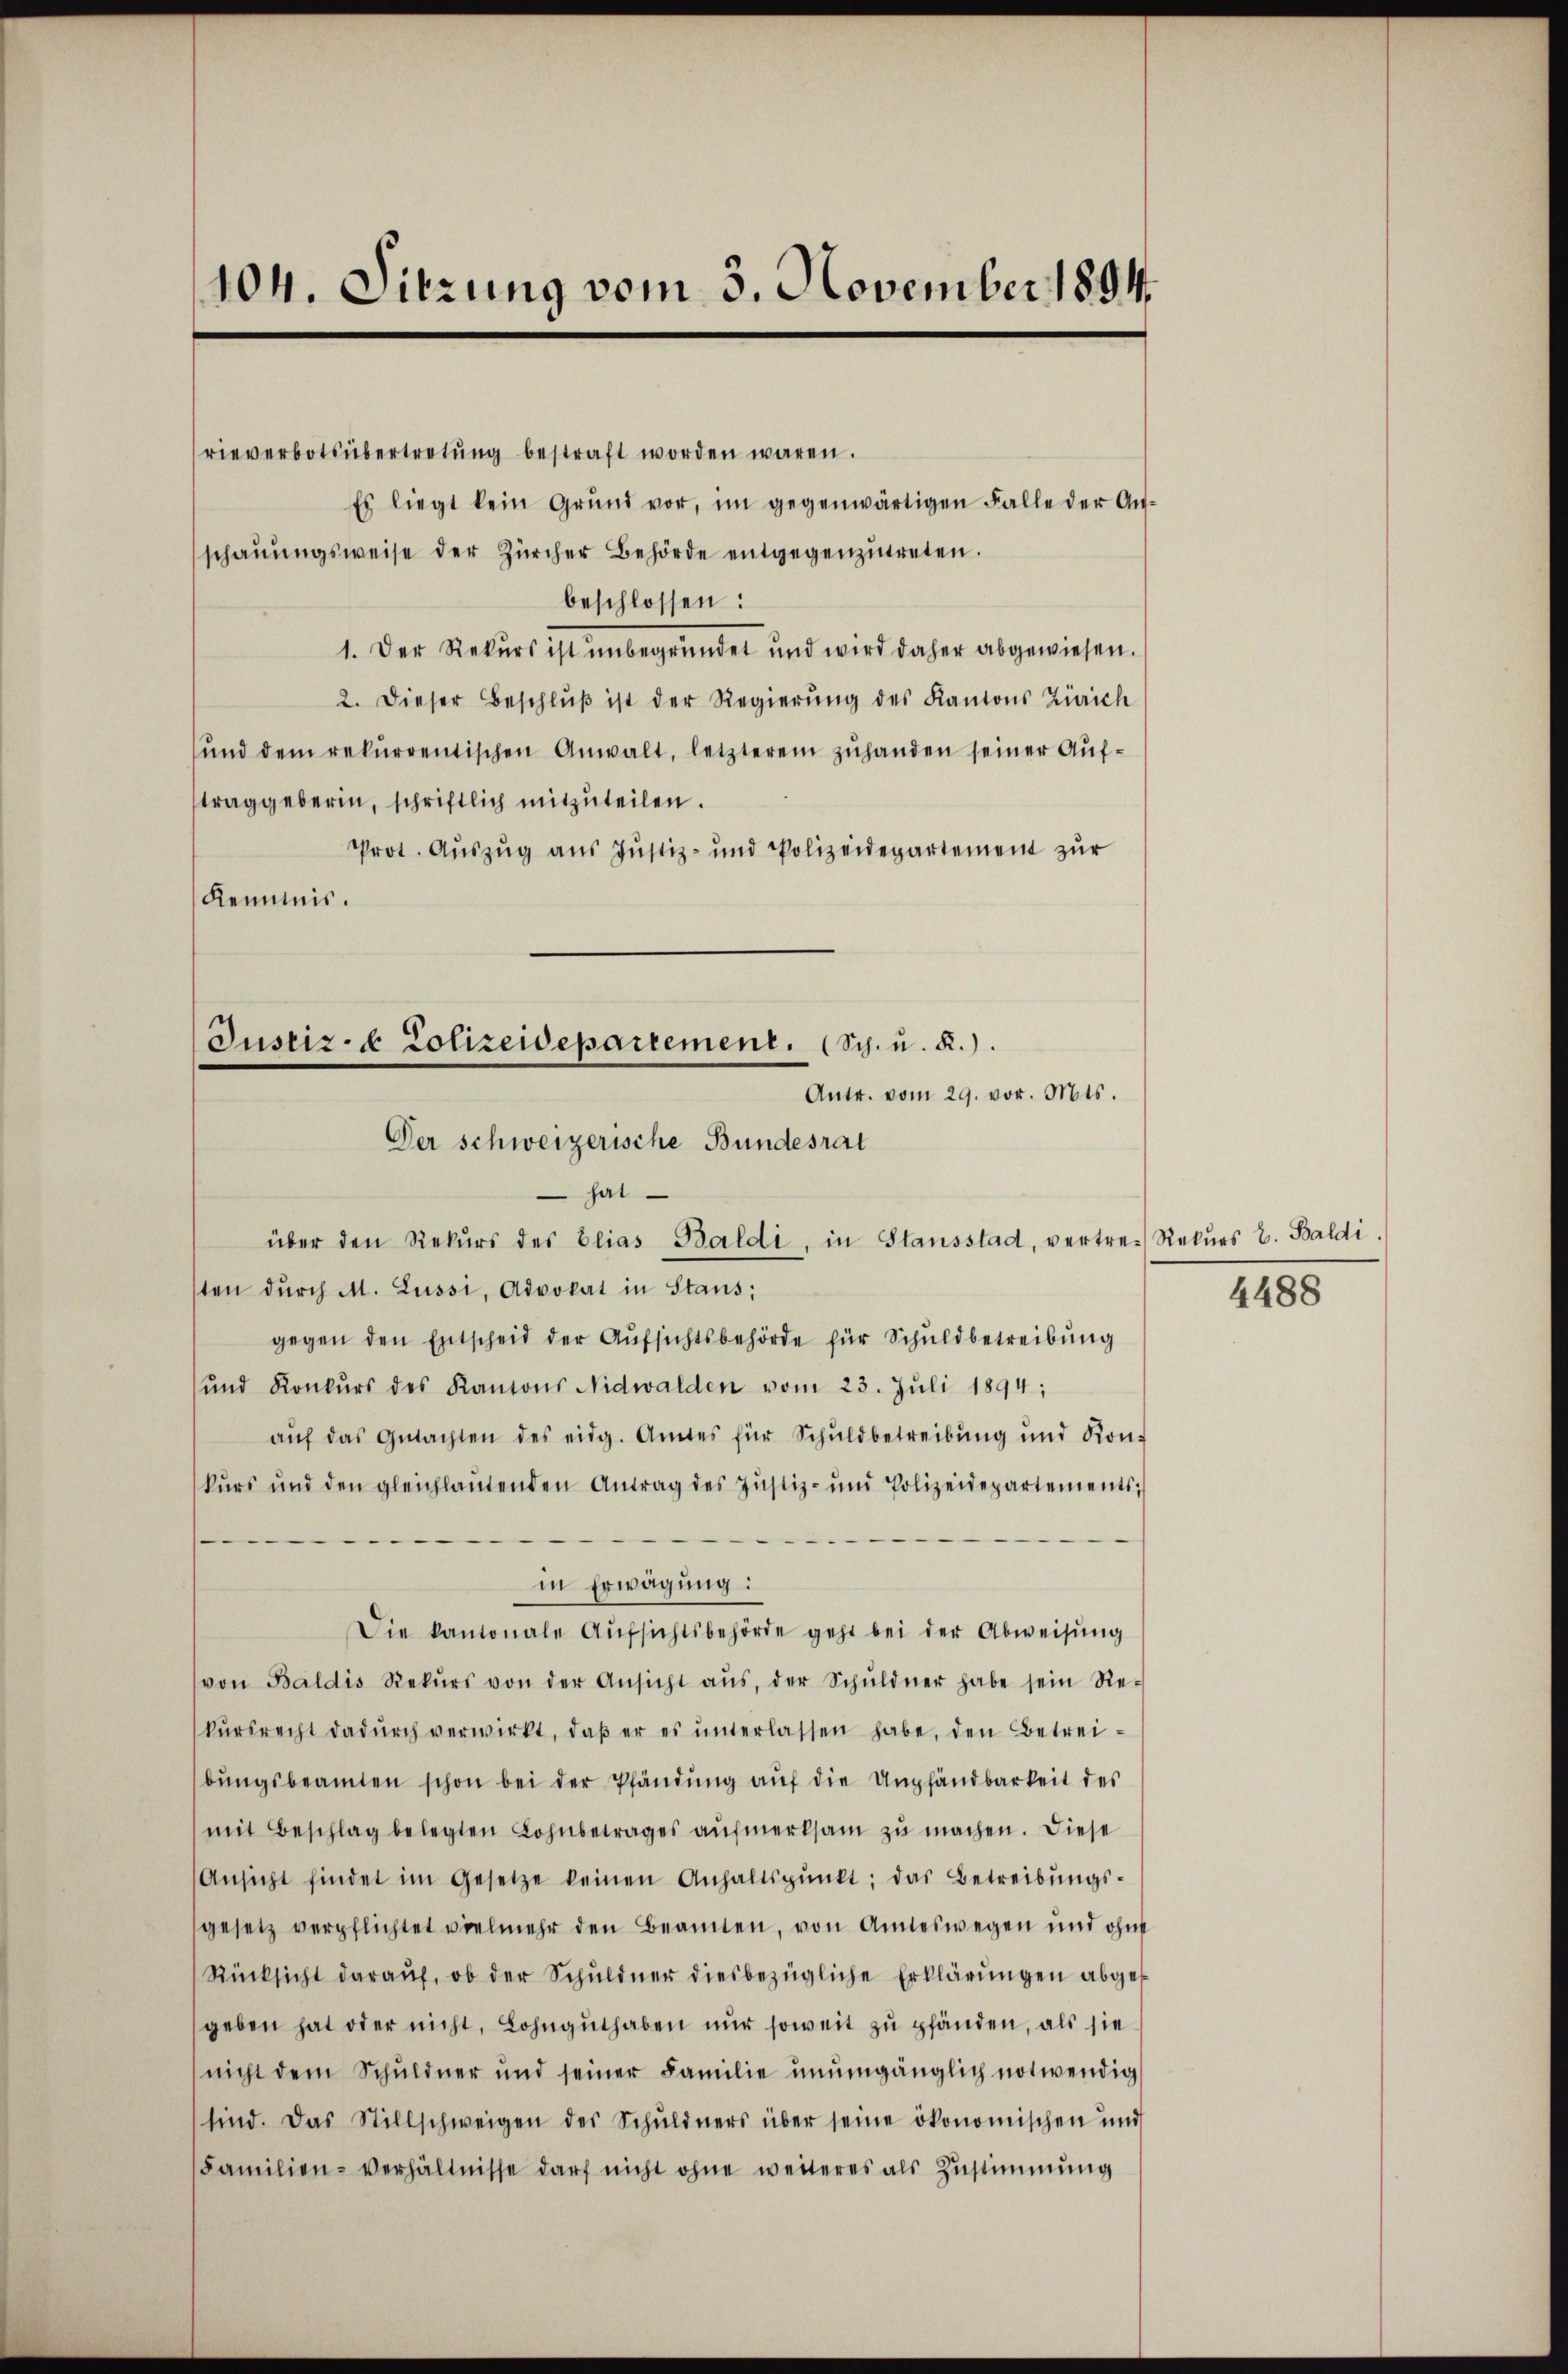
104. Sitzung vom 3. November 1894.

rieverbotsübertretŭng bestraft worden wären.
Es liegt kein Grŭnd vor, im gegenwärtigen Falle der Aŭ-
schaŭŭngsweise der Zürcher Behörde entgegenzŭtreten.
beschlossen:
1. Der Rekurs ist unbegründet und wird daher abgewiesen.
2. Dieser Beschlŭβ ist der Regierŭng des Kantons Zürich
ŭnd dem rekurrentischen Anwalt, letzterem zŭhanden seiner Aŭf-
traggeberin, schriftlich mitzuteilen.
Prot. Auszug aus Justiz- und Polizeidepartement zŭr
Kenntnis.

Justiz- & Polizeidepartement. (Sch. u. R.).
Antr. vom 29. vor. Mts.
Der schweizerische Bundesrat
hat.
über den Rekŭrs des Elias Baldi, in Stausstad, vertre- Rekurs E. Baldi

sten durch M. Lüssi, Advokat in Staus;
gegen den Entscheid der Aŭfsichtsbehörde für Schuldbetreibung
und Konkŭrs des Kantons Nidwalden vom 23. Juli 1894;
aŭf das Gŭtachten des eidg. Amtes für Schuldbetreibŭng und Kon-
kŭrs und den gleichlaŭtenden Antrag des Justiz- und Polizeidepartements;
in Erwägung:
Die kantonale Aŭfsichtsbehörde geht bei der Abweisung
von Baldis Rekŭrs von der Ansicht aŭs, der Schŭldner habe sein Re-
kŭrsrecht dadŭrch verwirkt, daβ er es ŭnterlassen habe, den Betrei-
bŭngsbeamten schon bei der Pfändŭng aŭf die Umpfändbarkeit des
mit Beschlag belegten Lohnbetrages aufmerksam zu machen. Diese
Ansicht findet im Gesetze keinen Anhaltspŭnkt; das Betreibŭngs-
gesetz verpflichtet vielmehr den Beamten, von Amteswegen und ohne
Rücksicht daraŭf, ob der Schŭldner diesbezügliche Erklärŭngen abges
geben hat oder nicht, Lohngŭthaben nur soweit zu pfänden, als sie
nicht dem Schuldner und seiner Familie ŭnŭmgänglich notwendig
sind. Das Stillschweigen des Schŭldners über seine ökonomischen und
Familien- Verhältnisse darf nicht ohne weiteres als Zustimmung

4488